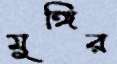
মুঙ্গির